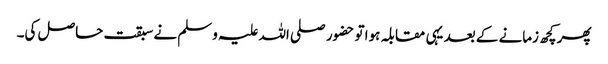
پھر کچھ زمانے کے بعد یہی مقابلہ ہوا تو حضور صلی اللہ علیہ وسلم نے سبقت حاصل کی۔